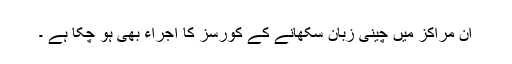
ان مراکز میں چینی زبان سکھانے کے کورسز کا اجراء بھی ہو چکا ہے ۔